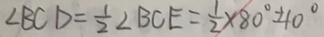
\angle B C D = \frac { 1 } { 2 } \angle B C E = \frac { 1 } { 2 } \times 8 0 ^ { \circ } \pm 1 0 ^ { \circ }